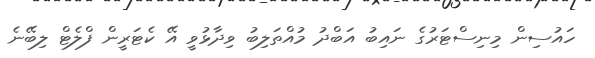
ހައުސިން މިނިސްޓަރުގެ ނައިބު އަބްދު މުއްތަލިބު ވިދާޅުވީ އޭ ކެޓަރީން ފްލެޓް ލިބޭނެ